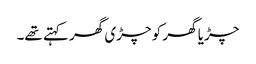
چڑیا گھر کو چڑی گھر کہتے تھے۔